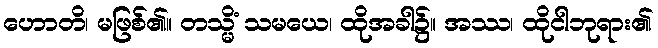
ဟောတိ၊ မဖြစ်၏။ တသ္မိံ သမယေ၊ ထိုအခါ၌။ အဿ၊ ထိုငါဘုရား၏